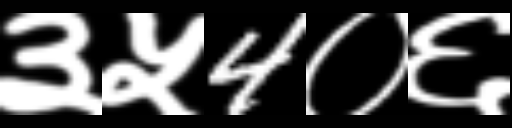
Text: ३५4०६